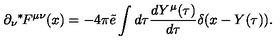
\partial _ { \nu } { } ^ { * } \! F ^ { \mu \nu } ( x ) = - 4 \pi \tilde { e } \int d \tau \frac { d Y ^ { \mu } ( \tau ) } { d \tau } \delta ( x - Y ( \tau ) ) .